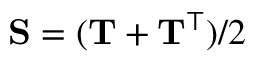
\begin{array} { r } { \mathbf { S } = ( \mathbf { T } + \mathbf { T } ^ { \top } ) / 2 } \end{array}